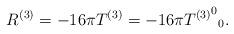
LaTeX: \begin{align*}R^{(3)} = -16\pi T^{(3)} = -16\pi {{T^{(3)}}^0}_0. \end{align*}